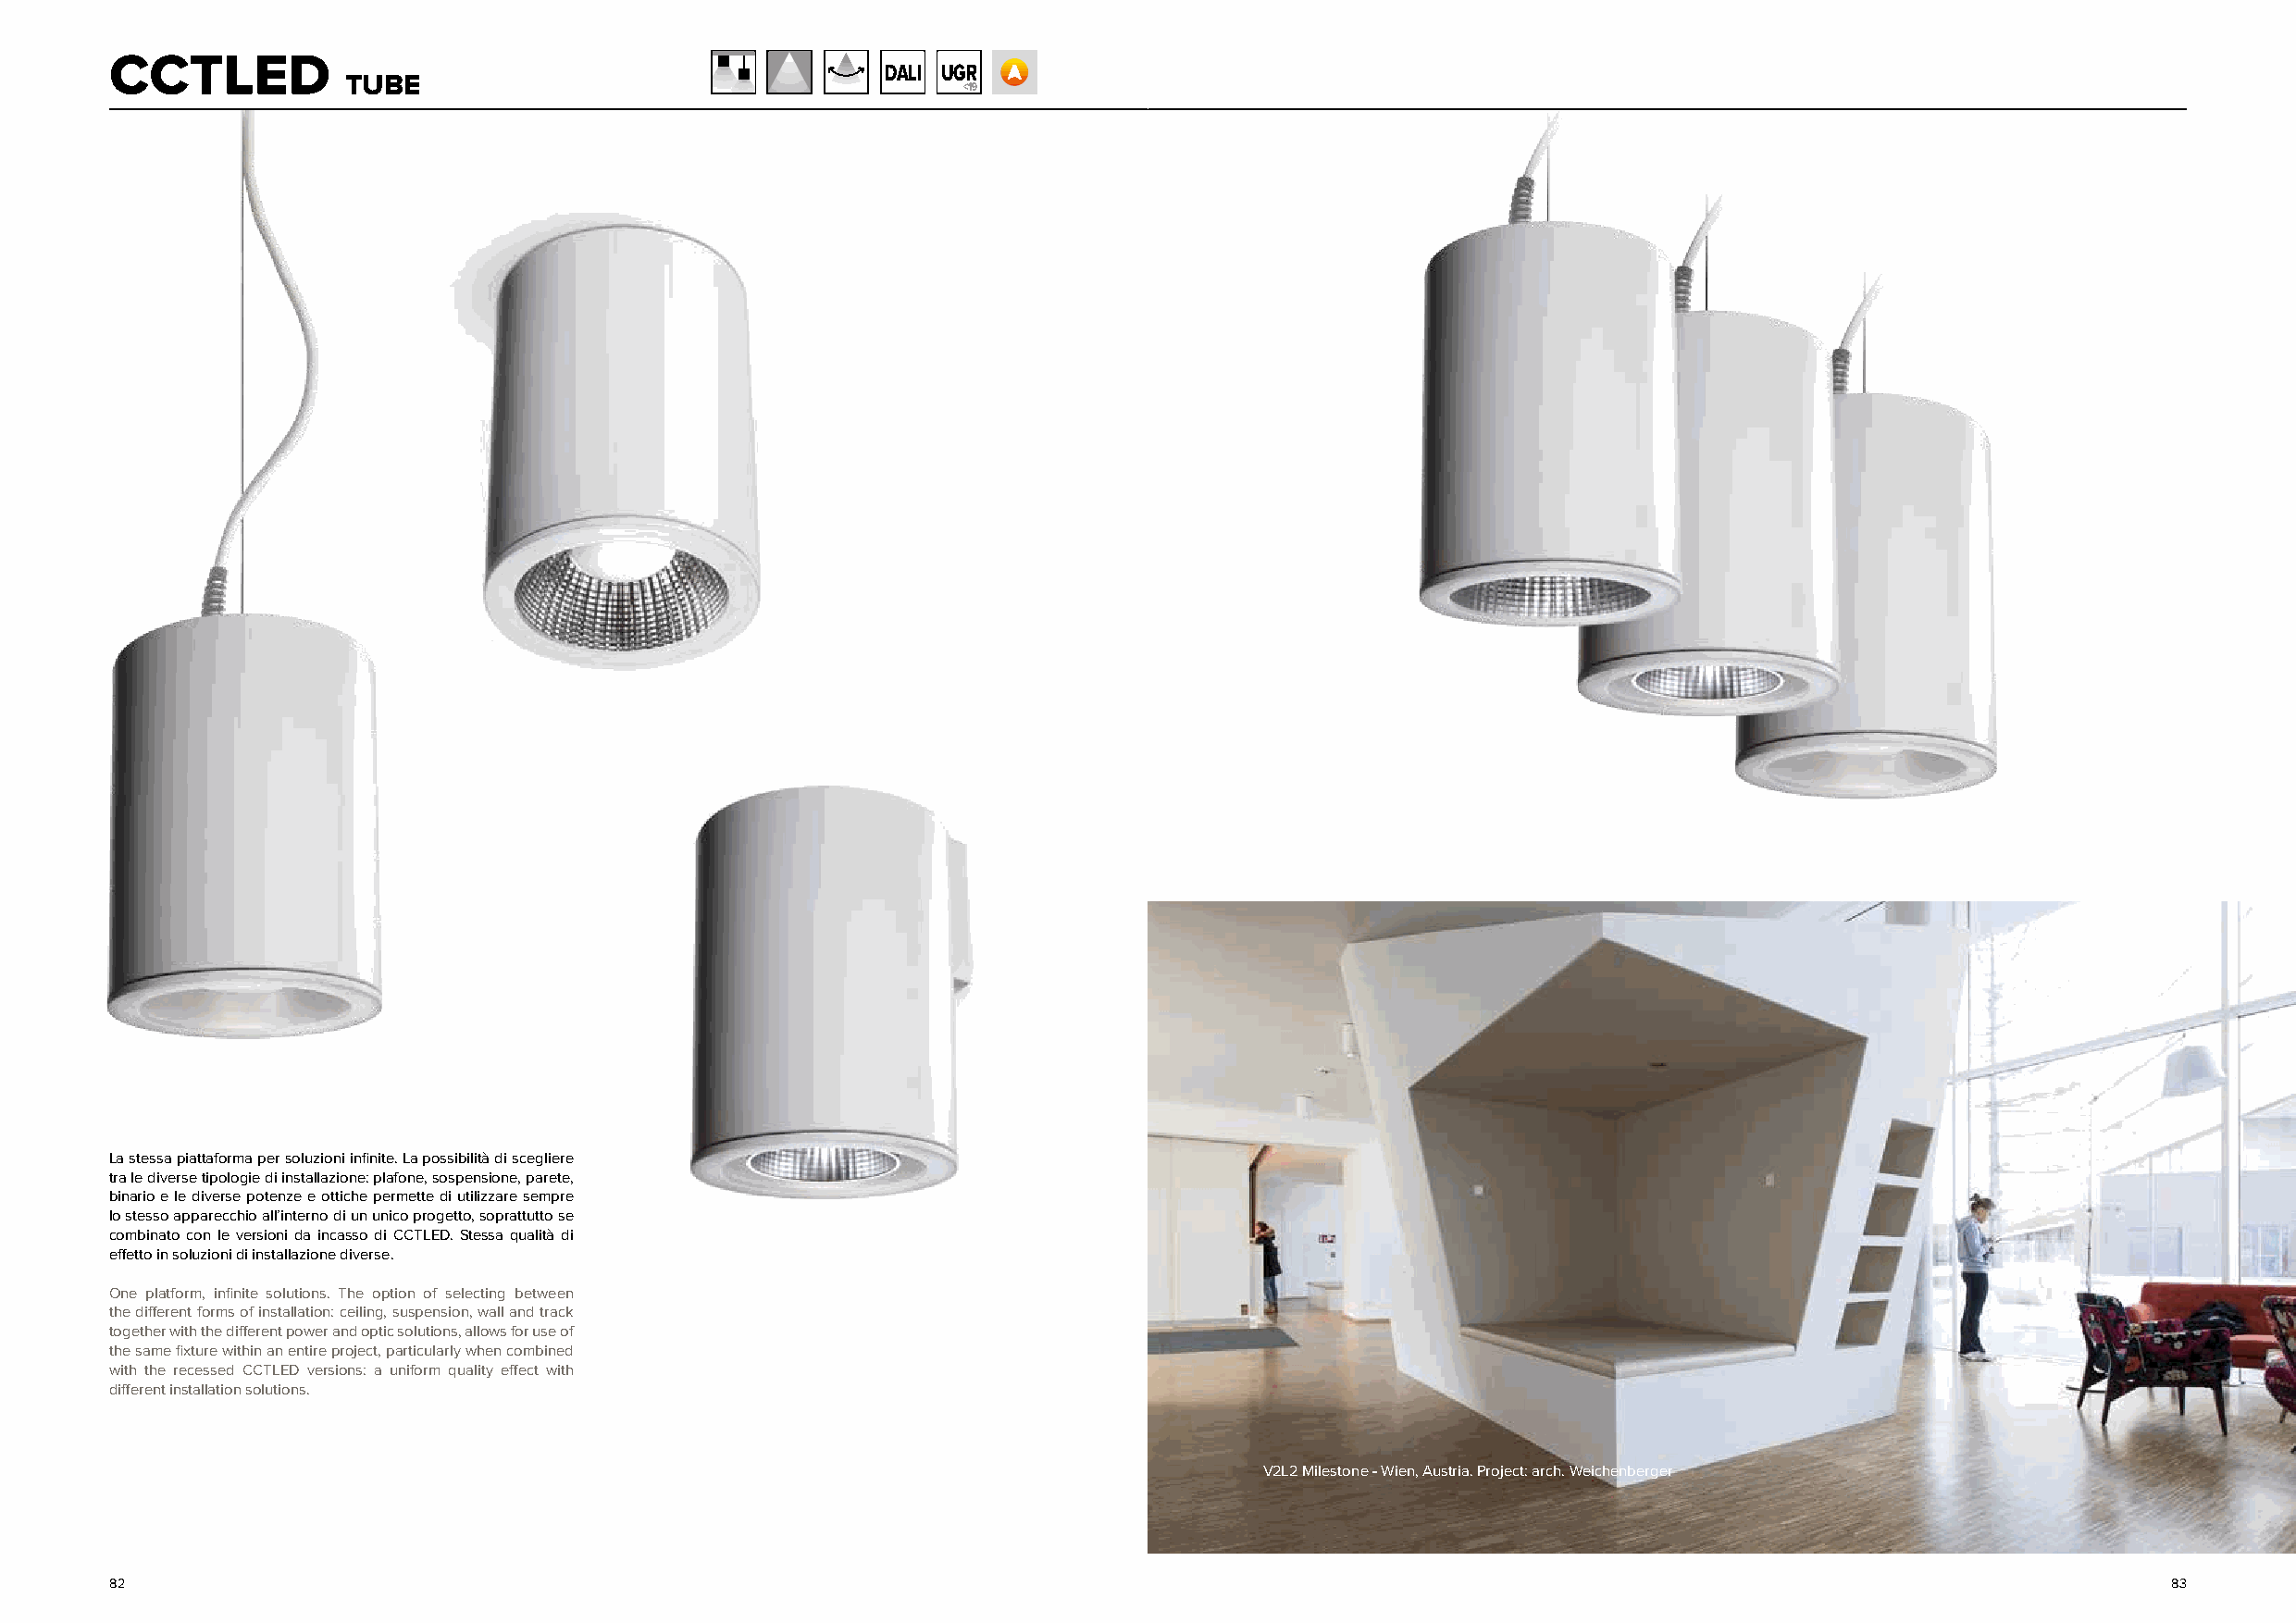
CCTLED
 DALI UGR
 TUBE
 <19
 La stessa piattaforma per soluzioni infinite. La possibilità di scegliere
 tra le diverse tipologie di installazione: plafone, sospensione, parete,
 binario e le diverse potenze e ottiche permette di utilizzare sempre
 lo stesso apparecchio all’interno di un unico progetto, soprattutto se
 combinato con le versioni da incasso di CCTLED. Stessa qualità di
 effetto in soluzioni di installazione diverse.
 One platform, infinite solutions. The option of selecting between
 the different forms of installation: ceiling, suspension, wall and track
 together with the different power and optic solutions, allows for use of
 the same fixture within an entire project, particularly when combined
 with the recessed CCTLED versions: a uniform quality effect with
 different installation solutions.
 V2L2 Milestone - Wien, Austria. Project: arch. Weichenberger
 82                                                                                                                                                 83